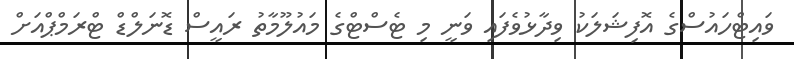
ވައިޓްހައުސްގެ އޮފިޝަލަކު ވިދާޅުވެފައި ވަނީ މި ޓެސްޓްގެ މައުލޫމާތު ރައީސް ޑޮނަލްޑް ޓްރަމްޕްއަށް